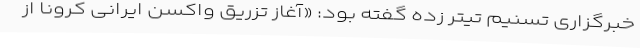
خبرگزاری تسنیم تیتر زده گفته بود: «آغاز تزریق واکسن ایرانی کرونا از